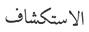
الاستكشاف